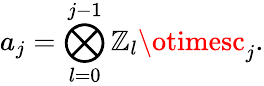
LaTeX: a_{j}=\bigotimes_{l=0}^{j-1}\mathbb{Z}_{l}\otimesc_{j}.